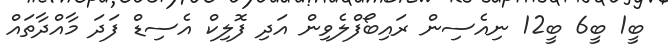
ބީ1 ބީ6 ބީ12 ނިއެސިން ރައިބޯފްލެވިން އަދި ފޮލިކް އެސިޑް ފަދަ މާއްދާތައް